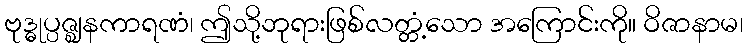
ဗုဒ္ဓုပ္ပဇ္ဈနကာရဏံ၊ ဤသို့ဘုရားဖြစ်လတ္တံ့သော အကြောင်းကို။ ဝိဇာနာမ၊